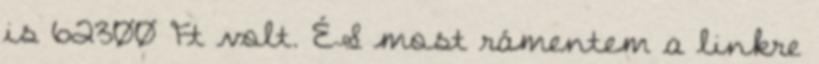
is 62300 Ft volt. ÉS most rámentem a linkre